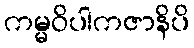
ကမ္မဝိပါကဇာနိပိ